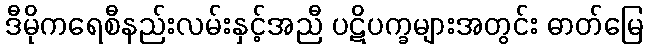
ဒီမိုကရေစီနည်းလမ်းနှင့်အညီ ပဋိပက္ခများအတွင်း ဓာတ်မြေ